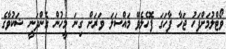
ވޯޓްލުމަށްފަހު ޖަހާ ފާހަގަ ފޮހެލެވޭ މައްސަލަ ވަރަށް ގިނަ މީހުން ގެންދަނީ ޝަކުވާގެ